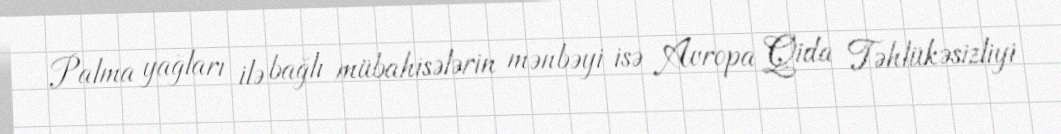
Palma yağları ilə bağlı mübahisələrin mənbəyi isə Avropa Qida Təhlükəsizliyi